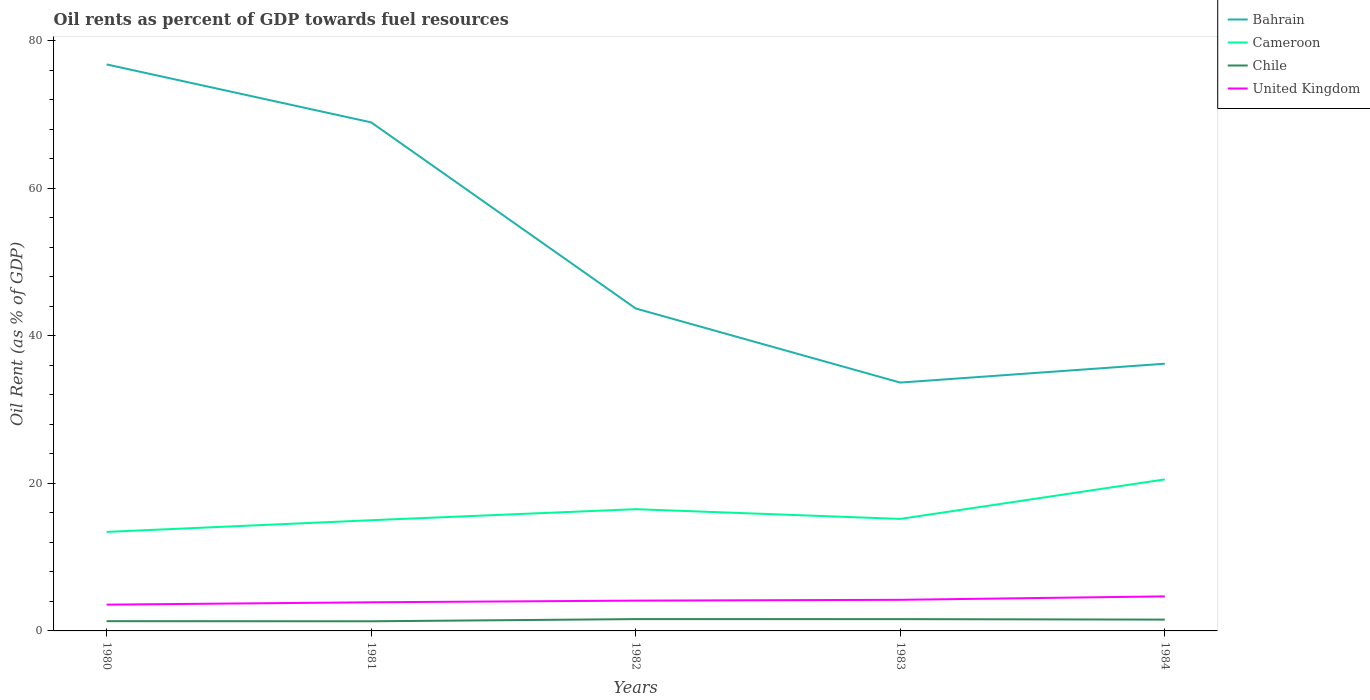
| Years | Bahrain | Cameroon | Chile | United Kingdom |
 | --- | --- | --- | --- | --- |
 | 1980 | 76.8 | 13.4 | 1.32 | 3.56 |
 | 1981 | 69 | 15 | 1.31 | 3.88 |
 | 1982 | 43.7 | 16.5 | 1.6 | 4.11 |
 | 1983 | 33.7 | 15.2 | 1.6 | 4.22 |
 | 1984 | 36.2 | 20.5 | 1.53 | 4.69 |